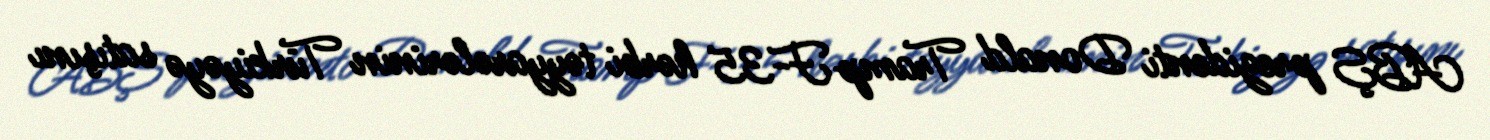
ABŞ prezidenti Donald Tramp F-35 hərbi təyyarələrinin Türkiyəyə satışını